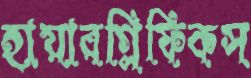
হায়ারগ্লিফিকস